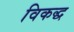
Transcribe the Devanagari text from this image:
विकद्ध